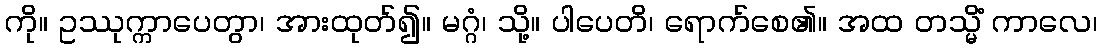
ကို။ ဥဿုက္ကာပေတွာ၊ အားထုတ်၍။ မဂ္ဂံ၊ သို့။ ပါပေတိ၊ ရောက်စေ၏။ အထ တသ္မိံ ကာလေ၊